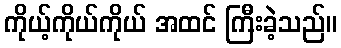
ကိုယ့်ကိုယ်ကိုယ် အထင် ကြီးခဲ့သည်။